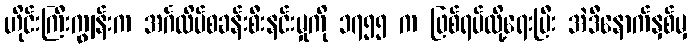
ဟိုင်းကြီးကျွန်းက အင်္ဂလိပ်စခန်းစီးနင်းမှုကို ၁၇၅၅ က ဖြစ်ရပ်လို့ရေးပြီး အဲဒီနောက်နှစ်မှ